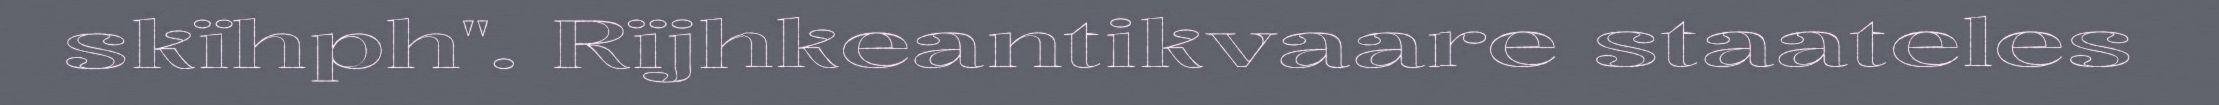
skïhph". Rïjhkeantikvaare staateles